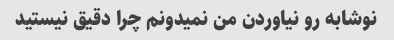
نوشابه رو نیاوردن من نمیدونم چرا دقیق نیستید